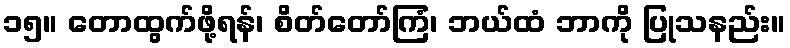
၁၅။ တောထွက်ဖို့ရန်၊ စိတ်တော်ကြံ၊ ဘယ်ထံ ဘာကို ပြုသနည်း။